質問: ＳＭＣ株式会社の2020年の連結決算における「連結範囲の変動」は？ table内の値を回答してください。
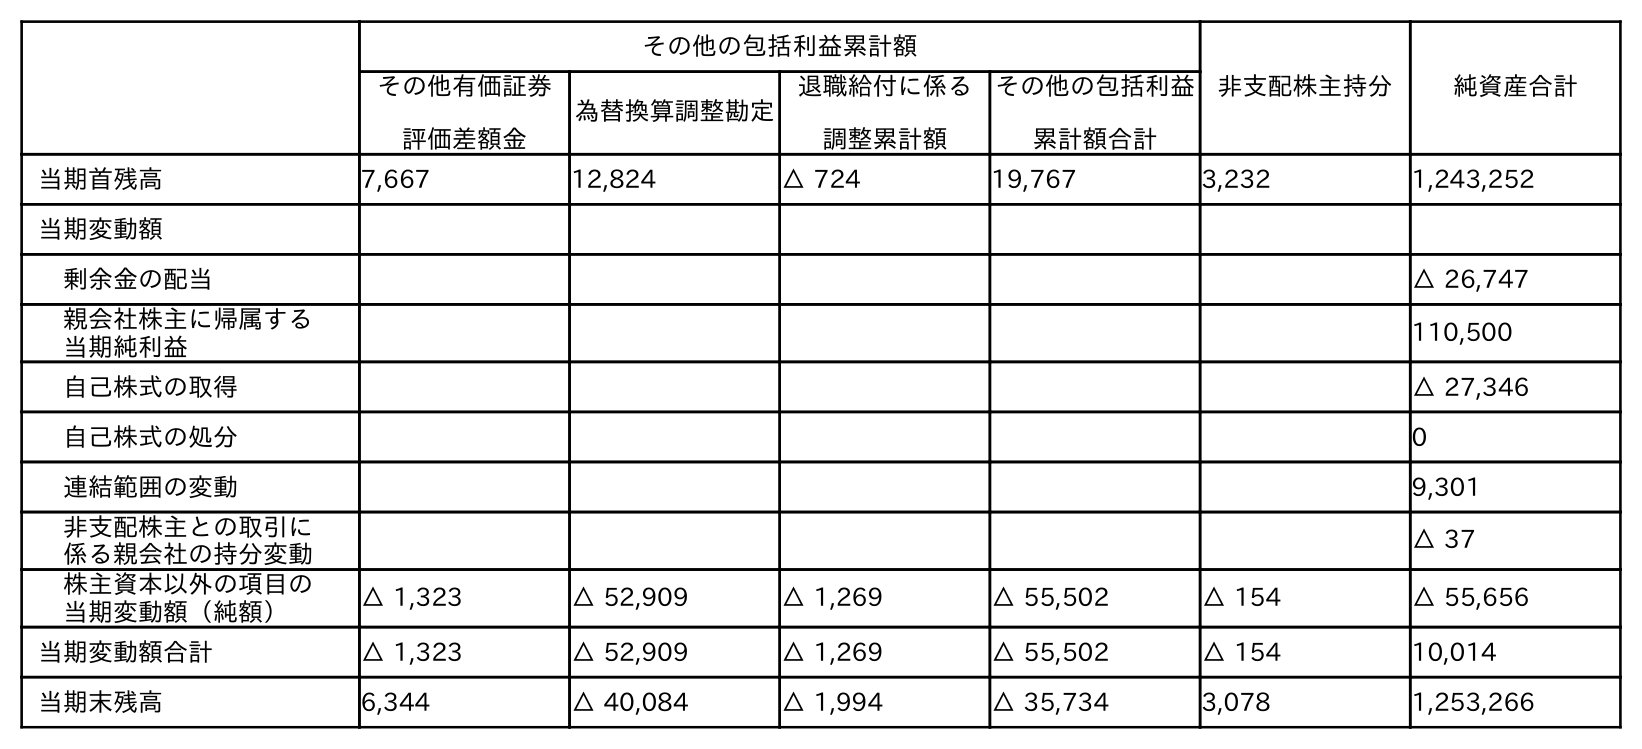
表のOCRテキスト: その他の包括利益累計額 非支配株主持分 純資産合計 その他有価証券 評価差額金 為替換算調整勘定 退職給付に係る 調整累計額 その他の包括利益 累計額合計 当期首残高 7,667 12,824 △ 724 19,767 3,232 1,243,252 当期変動額 剰余金の配当 △ 26,747 親会社株主に帰属する 当期純利益 110,500 自己株式の取得 △ 27,346 自己株式の処分 0 連結範囲の変動 9,301 非支配株主との取引に 係る親会社の持分変動 △ 37 株主資本以外の項目の 当期変動額（純額） △ 1,323 △ 52,909 △ 1,269 △ 55,502 △ 154 △ 55,656 当期変動額合計 △ 1,323 △ 52,909 △ 1,269 △ 55,502 △ 154 10,014 当期末残高 6,344 △ 40,084 △ 1,994 △ 35,734 3,078 1,253,266
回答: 9,301